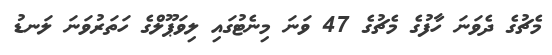
މެޗުގެ ދެވަނަ ހާފުގެ މެޗުގެ 47 ވަނަ މިނެޓުގައި ލިވަޕޫލްގެ ހަތަރުވަނަ ލަނޑު